Plague in India, 1896, 1897 - Volume 1
Year: 1896
Disease focus: Plague
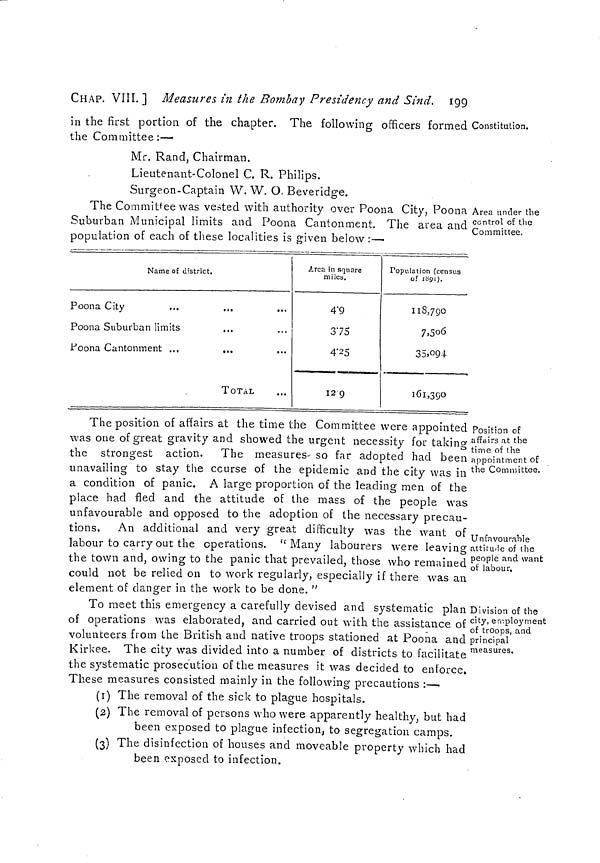
CHAP. VIII. ] Measures in the Bombay Presidency and Sind, 199
Constitution.
Area under the
control of the
Committee.
in the first portion of the chapter. The following officers formed
the Committee :—
Mr. Rand, Chairman.
Lieutenant-Colonel C. R. Philips.
Surgeon-Captain W. W. O. Beveridge.
The Committee was vested with authority over Poona City, Poona
Suburban Municipal limits and Poona Cantonment. The area and
population of each of these localities is given below :—
Name of district.
Poona City
Poona Suburban limits
Poona Cantonment ...
...
TOTAL
Area in square
miles.
4 9
3'75
4 25
12 9
Population (census
of 1891).
118,790
7,506
35.094
161,390
Position of
affairs at the
time of the
appointment of
the Committee.
Unfavourable
attitude of the
people and want
of labour.
The position of affairs at the time the Committee were appointed
was one of great gravity and showed the urgent necessity for taking
the strongest action. The measures so far adopted had been
unavailing to stay the course of the epidemic and the city was in
a condition of panic. A large proportion of the leading men of the
place had fled and the attitude of the mass of the people was
unfavourable and opposed to the adoption of the necessary precau-
tions. An additional and very great difficulty was the want of
labour to carry out the operations. "Many labourers were leaving
the town and, owing to the panic that prevailed, those who remained
could not be relied on to work regularly, especially if there was an
element of danger in the work to be done."
Division of the
city, employment
of troops, and
principal
measures.
To meet this emergency a carefully devised and systematic plan
of operations was elaborated, and carried out with the assistance of
volunteers from the British and native troops stationed at Poona and
Kirkee. The city was divided into a number of districts to facilitate
the systematic prosecution of the measures it was decided to enforce.
These measures consisted mainly in the following precautions :—
(1) The removal of the sick to plague hospitals.
(2) The removal of persons who were apparently healthy, but had
been exposed to plague infection, to segregation camps.
(3) The disinfection of houses and moveable property which had
been exposed to infection.